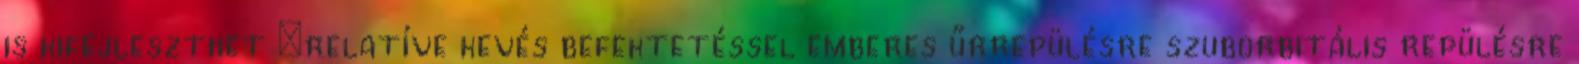
is kifejleszthet =relatíve kevés befektetéssel emberes űrrepülésre szuborbitális repülésre